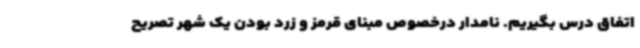
اتفاق درس بگیریم. نامدار درخصوص مبنای قرمز و زرد بودن یک شهر تصریح